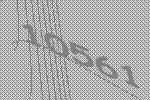
10561